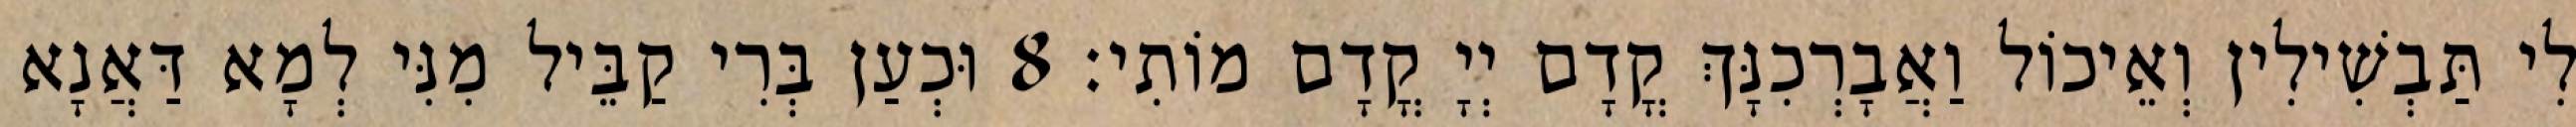
לִי תַּבְשִׁילִין וְאֵיכוֹל וַאֲבָרְכִנָּךְ קֳדָם יְיָ קֳדָם מוֹתִי׃ 8 וּכְעַן בְּרִי קַבֵּיל מִנִּי לְמָא דַּאֲנָא